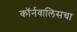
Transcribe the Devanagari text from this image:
कॉर्नवालिसचा